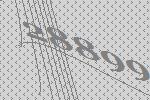
28899